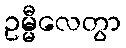
ဥမ္မီလေတွာ